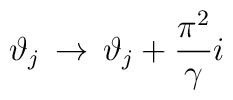
\vartheta _{j}\, \rightarrow \, \vartheta _{j}+\displaystyle\frac{\pi ^{2}}{\gamma }i